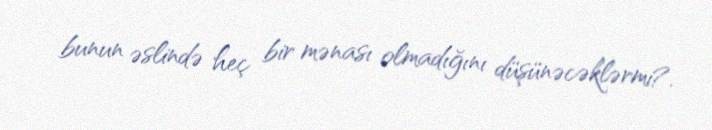
bunun əslində heç bir mənası olmadığını düşünəcəklərmi?.